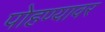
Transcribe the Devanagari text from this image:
पोहण्यावर